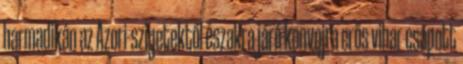
harmadikán az Azori-szigetektől északra járó konvojra erős vihar csapott